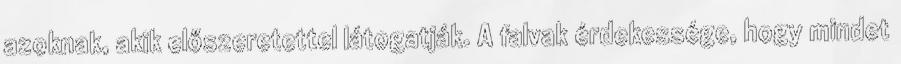
azoknak, akik előszeretettel látogatják. A falvak érdekessége, hogy mindet